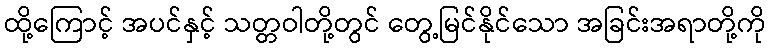
ထို့ကြောင့် အပင်နှင့် သတ္တဝါတို့တွင် တွေ့မြင်နိုင်သော အခြင်းအရာတို့ကို